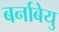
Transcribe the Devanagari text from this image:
बर्नाबेयु